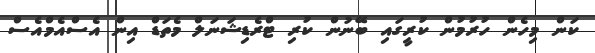
ކަން މިހެން ހުރުމުން ކުރީގައި ބޭނުން ކުރި ޓްރެޑިޝަނަލް މެތަޑް އިން އެސްއެމްއެސް